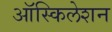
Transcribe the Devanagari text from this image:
ऑस्किलेशन